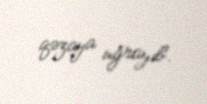
qəzaya uğrayıb.